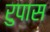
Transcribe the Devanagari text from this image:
रुपास